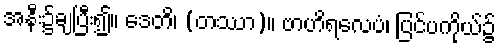
အနီး၌ချပြီး၍။ ဒေတိ၊ (တဿာ)။ ဗာဟိရလေပံ၊ ပြင်ပကိုယ်၌